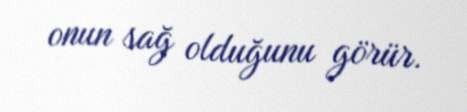
onun sağ olduğunu görür.